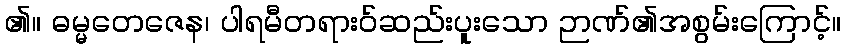
၏။ ဓမ္မတေဇေန၊ ပါရမီတရားဝ်ဆည်းပူးသော ဉာဏ်၏အစွမ်းကြောင့်။